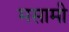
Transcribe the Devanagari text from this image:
मसामी